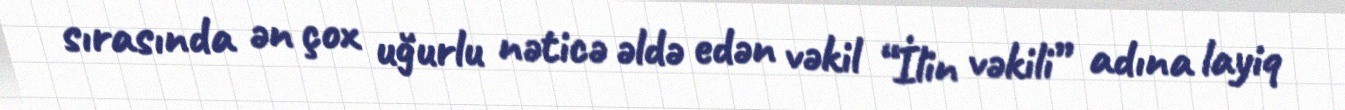
sırasında ən çox uğurlu nəticə əldə edən vəkil “İlin vəkili” adına layiq